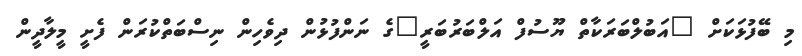
މި ބޭފުޅަކަށް "އަބުލްބަރަކާތް ޔޫސުފް އަލްބަރުބަރީ"ގެ ނަންފުޅުން ދިވެހިން ނިސްބަތްކުރަން ފެށީ މީލާދީން